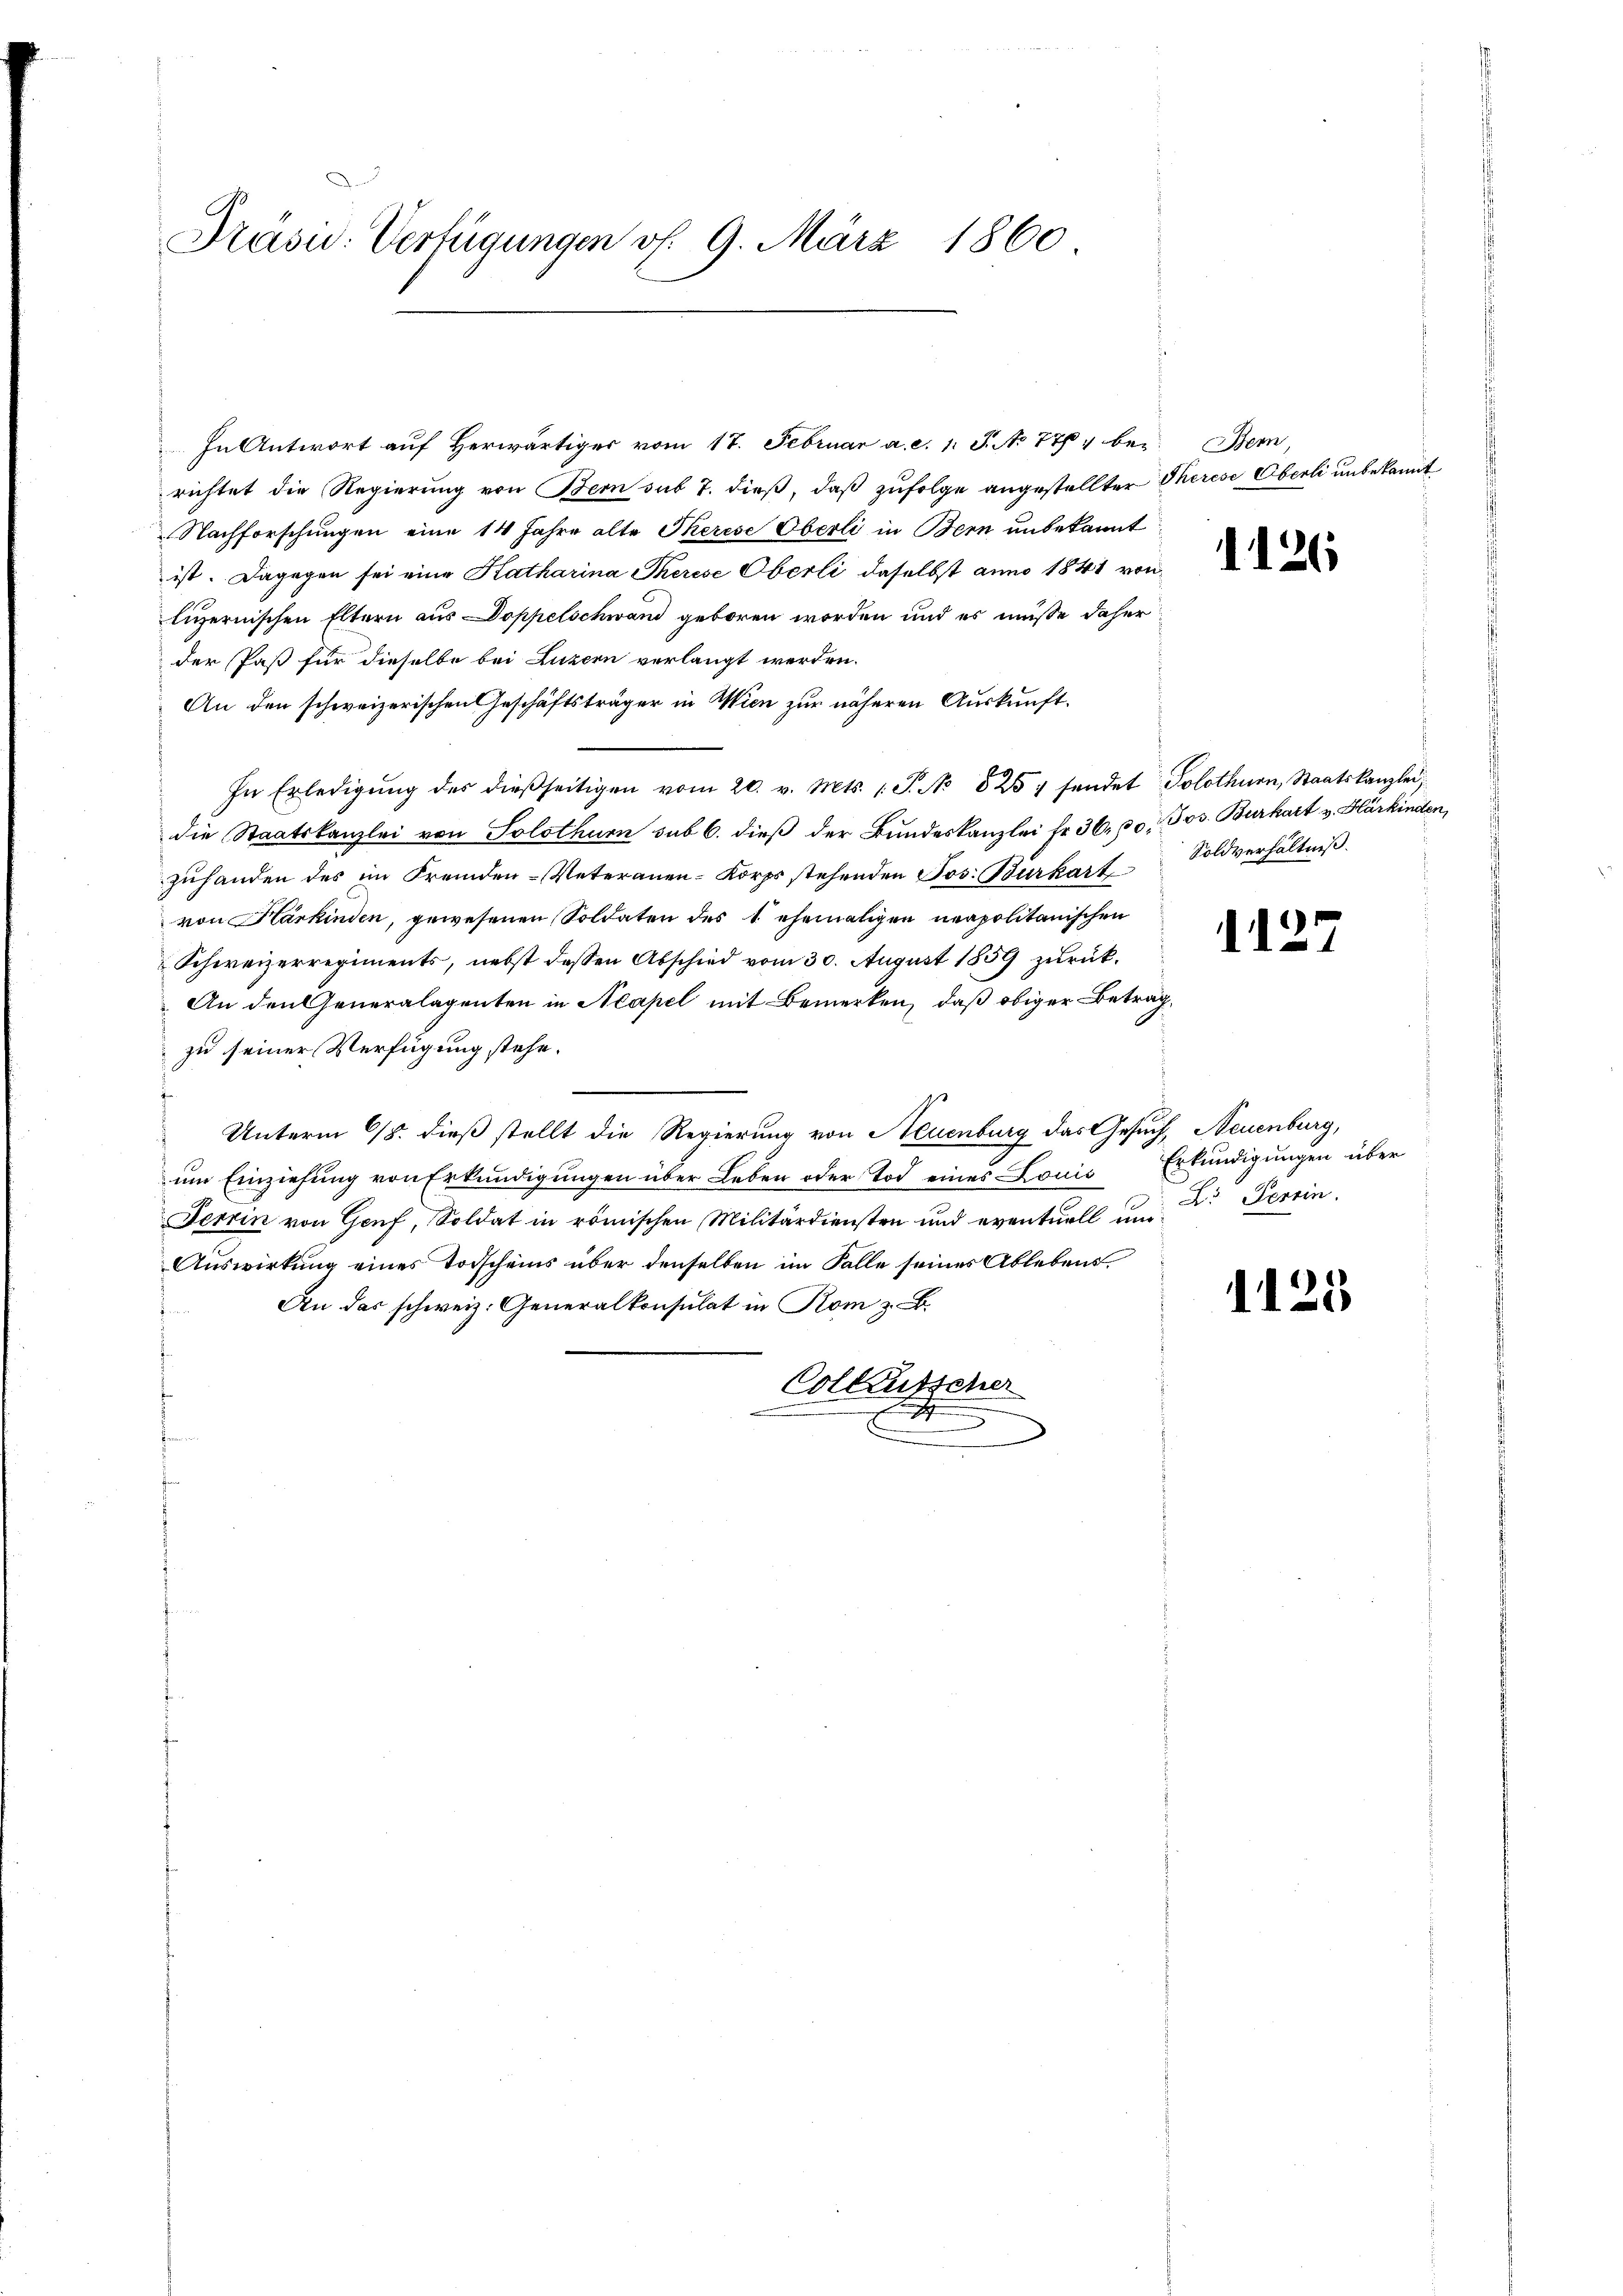
Präsid. Verfügungen v. 9. März 1860

In Antwort auf Herwärtiger vom 17. Februar a. c. l. J. No 777, berichtet die Regierung von Bem sub 7. dieß, daß zufolge angestellter Therese Überli unbekannt
Nachforschungen eine 14 Jahre alte Therese Oberli in Bern unbekannt
ist. Dagegen sei eine Katharina Therese Oberli daselbst anno 1841 von
luzernischen Eltern aus Doppelschwand geboren worden und es müße daher
der Paß für dieselbe bei Luzern verlangt werden.
An den schweizerischen Geschäftsträger in Wien zur näheren Auskunft¬
In Erledigŭng des dießseitigen vom 20. v. Mts. 1 S. No 825. sendet Solothurn, Staatskanzlei
die Staatskanzlei von Solothurn sub 6. dieß der Bundeskanzlei fr. 36, 30. Jos. Burkart v. Hürkinden
zŭhanden des im Fremden-Veteranen-Korps stehenden Jos. Burkart-Soldverhältniβ
von Harkinden, gewesenen Soldaten des 1. ehemaligen neapolitanischen
Schweizerregiments, nebst dessen Abschied vom 30. August 1859 zurück¬
An den Generalagenten in Neapel mit Bemerken, daß obiger Betrag,
zu seiner Verfügung stehe.
Unterm 18. dieß stellt die Regierung von Neuenburg das Gesuch, Neuenburg,
um Einziehung von Erkundigungen über Leben oder Tod eines Louis Erkundigungen über
Terrin von Genf, Soldat in römischen Militärdiensten und eventuell und Dr Terrin
Auswirkung eines Todscheins über denselben im Falle seines Ablebens¬
An das schweiz. Generalkonsulat in Rom z. B.
Collentschen

Bern,

1126

1127

1125